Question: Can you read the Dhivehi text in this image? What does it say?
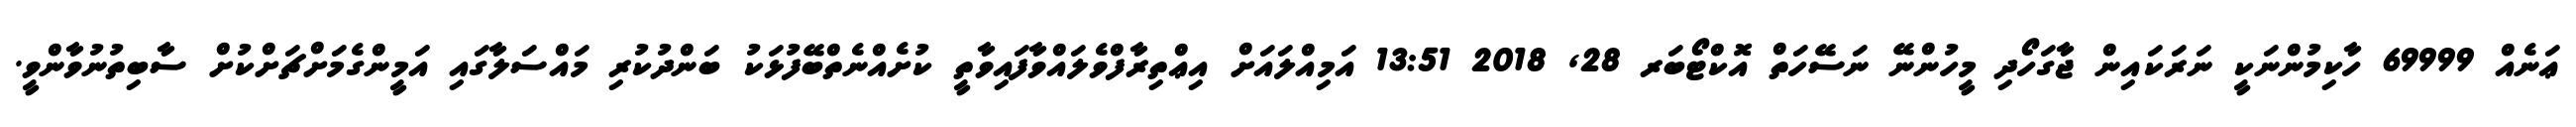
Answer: ޢަނެއް 69999 ހާކިމުންނަކީ ނަރަކައިން ޖާގަހޯދި މީހުންނޭ ނަސޭހަތް އޮކްޓޯބަރ 28, 2018 13:51 އަމިއްލައަށް އިޢްތިރާފްވެލައްވާފައިވާތީ ކުށެއްނެތްބޭފުޅަކު ބަންދުކުރި މައްސަލާގައި އަމީންގެމަށްޗަށްކުށް ސާބިތުނުވާންވީ.